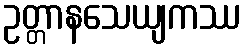
ဥတ္တာနသေယျကဿ